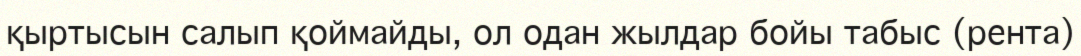
қыртысын салып қоймайды, ол одан жылдар бойы табыс (рента)